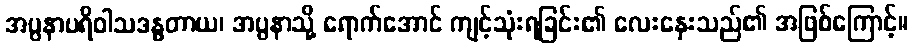
အပ္ပနာပရိဝါသဒန္ဓတာယ၊ အပ္ပနာသို့ ရောက်အောင် ကျင့်သုံးရခြင်း၏ လေးနှေးသည်၏ အဖြစ်ကြောင့်။